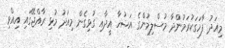
މިއަދު ފާހަގަކުރަމުންދާ މުސްލިމުންގެ އަޟުހާ އީދާއި ގުޅިގެން މިއަދު މުޅި ރާއްޖޭގައި އިއްވި